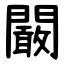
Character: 闞